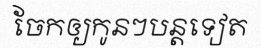
ចែកឲ្យកូនៗបន្តទៀត